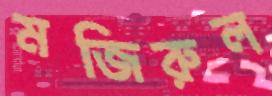
মজিরুল